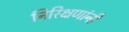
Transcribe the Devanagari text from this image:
निरिक्षणांनी